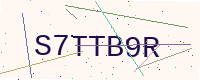
Text: S7TTB9R